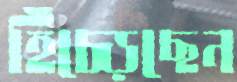
হিঁচ্‌ড়েছেন